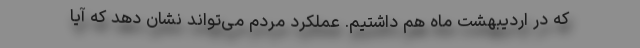
که در اردیبهشت ماه هم داشتیم. عملکرد مردم می‌تواند نشان دهد که آیا